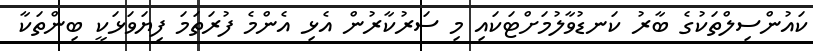
ކައުންސިލްތަކުގެ ބާރު ކަނޑުވާލުމަށްޓަކައި މި ސަރުކާރުން އެޅި އެންމެ ފުރަތަމަ ފިޔަވަޅަކީ ބިންތަކާ